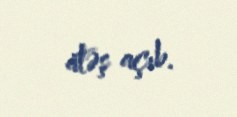
atəş açıb.